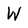
Character: W